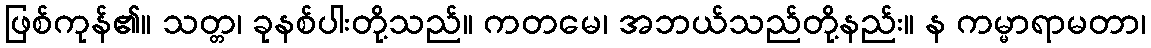
ဖြစ်ကုန်၏။ သတ္တ၊ ခုနစ်ပါးတို့သည်။ ကတမေ၊ အဘယ်သည်တို့နည်း။ န ကမ္မာရာမတာ၊